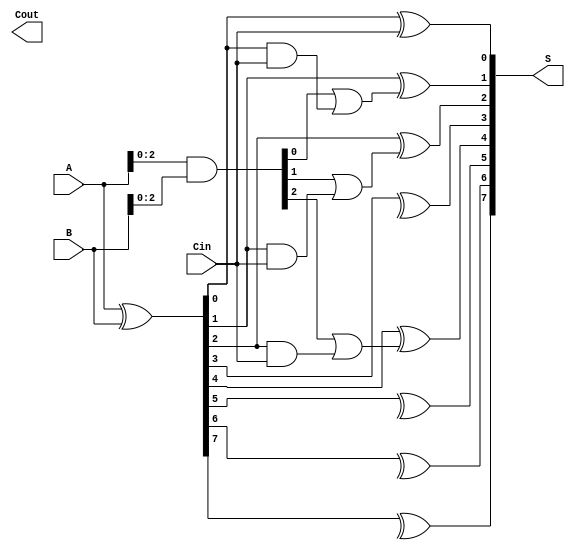
module KoggeStoneAdder #(parameter n = 8) (
    input [n-1:0] A,
    input [n-1:0] B,
    input Cin,
    output [n-1:0] S,
    output Cout
);

    // Generate (G) and Propagate (P) signals
    wire [n-1:0] G, P;
    assign G = A & B;             // G[i] = A[i] AND B[i]
    assign P = A ^ B;             // P[i] = A[i] XOR B[i]

    // Carry signals
    wire [n:0] C;
    assign C[0] = Cin;            // Initial carry input

    // Carry generation using Kogge-Stone scheme
    genvar i, j, k;

    // Levels of carry calculation
    for (i = 0; i < $clog2(n); i = i + 1) begin: carry_stage
        for (j = 0; j < n; j = j + 1) begin: carry_gen
            if (j < (1 << (i + 1))) begin
                if (j % (1 << (i + 1)) == 0) begin
                    assign C[j + (1 << i)] = G[j + (1 << i - 1)] | (P[j + (1 << i - 1)] & C[j]);
                end
            end
        end
    end

    // Sum calculation
    genvar m;
    for (m = 0; m < n; m = m + 1) begin: sum_calc
        assign S[m] = P[m] ^ C[m];  // S[i] = P[i] XOR C[i]
    end

    // Generate final carry out
    assign Cout = C[n];            // Carry out is the last carry

endmodule